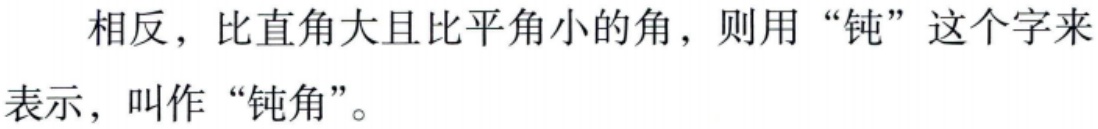
相反，比直角大且比平角小的角，则用“钝”这个字来表示，叫作“钝角”。